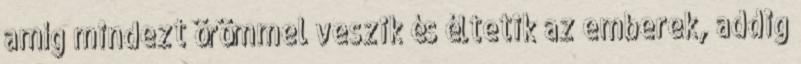
amíg mindezt örömmel veszik és éltetik az emberek, addig